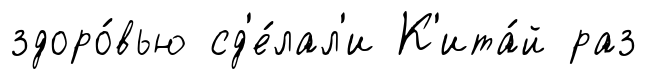
здоро́вью сд'е́лал'и К'ита́й раз